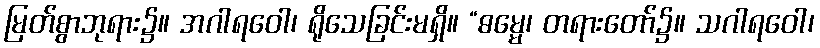
မြတ်စွာဘုရား၌။ အဂါရဝေါ၊ ရိုသေခြင်းမရှိ။ “ဓမ္မေ၊ တရားတော်၌။ သဂါရဝေါ၊